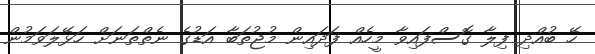
ހޭ ބުއްދި ފިލާ ގޮސްފައިވާ މީހެއް ފަދައިން މުޖުތަބާ އަޑުގެ ނެތްތަނަށް ހަޅޭލަވަމުން